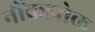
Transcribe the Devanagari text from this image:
नौंकझोक